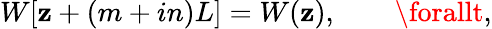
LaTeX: W[\mathbf{z}+(m+in)L]=W(\mathbf{z}),\qquad\forallt,